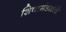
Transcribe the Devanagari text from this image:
शिष्टमंडळांचे